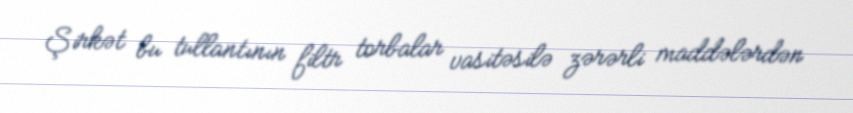
Şirkət bu tullantının filtr torbalar vasitəsilə zərərli maddələrdən